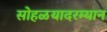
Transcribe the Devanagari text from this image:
सोहळयादरम्यान